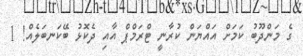
ގެ މަންދޫބު ކަމަށް އައްޔަން ކުރާނީ ޓްރަމްޕް އާއި ދެކޮޅު ބޭކަނބަލެއް! 1